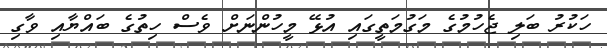
ހަކުރު ބަލި ޖެހުމުގެ މަގުމަތީގައި އުޅޭ މީހުންނަށް ވެސް ހިތުގެ ބައްޔާއި ވާގި